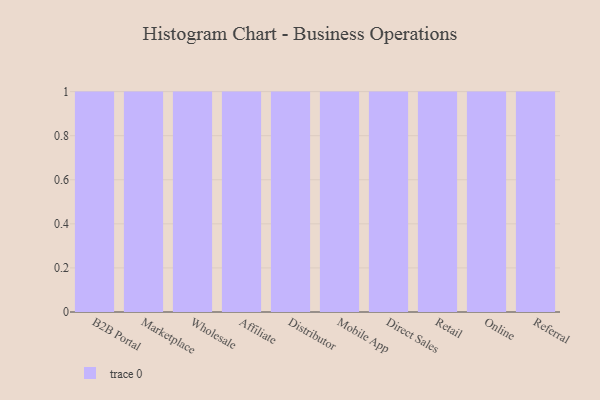
{"axis": {"x": "Channel", "y": "Temperature (°C)"}, "legend": [""], "data": [{"x": "B2B Portal", "y": 48, "type": ""}, {"x": "Marketplace", "y": 36, "type": ""}, {"x": "Wholesale", "y": 32, "type": ""}, {"x": "Affiliate", "y": 40, "type": ""}, {"x": "Distributor", "y": 32, "type": ""}, {"x": "Mobile App", "y": 17, "type": ""}, {"x": "Direct Sales", "y": 32, "type": ""}, {"x": "Retail", "y": 54, "type": ""}, {"x": "Online", "y": 98, "type": ""}, {"x": "Referral", "y": 4, "type": ""}]}